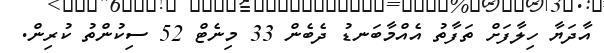
އާދަޔާ ހިލާފަށް ތަފާތު އެއްމާބަނޑު ދެބެން 33 މިނެޓް 52 ސިކުންތު ކުރިން.